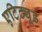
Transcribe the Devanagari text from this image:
एटिट्यूड